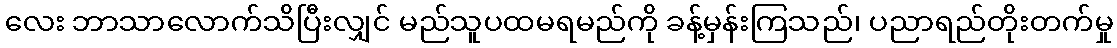
လေး ဘာသာလောက်သိပြီးလျှင် မည်သူပထမရမည်ကို ခန့်မှန်းကြသည်၊ ပညာရည်တိုးတက်မှု